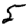
Digit: 5